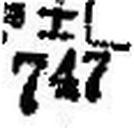
### ± □ 747